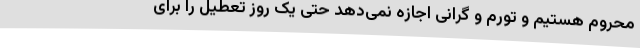
محروم هستیم و تورم و گرانی اجازه نمی‌دهد حتی یک روز تعطیل را برای